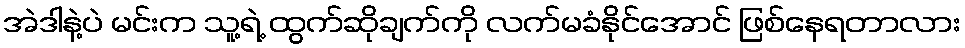
အဲဒါနဲ့ပဲ မင်းက သူ့ရဲ့ ထွက်ဆိုချက်ကို လက်မခံနိုင်အောင် ဖြစ်နေရတာလား